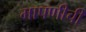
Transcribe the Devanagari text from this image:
मापणीची